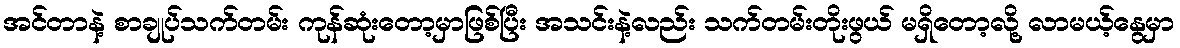
အင်တာနဲ့ စာချုပ်သက်တမ်း ကုန်ဆုံးတော့မှာဖြစ်ပြီး အသင်းနဲ့လည်း သက်တမ်းတိုးဖွယ် မရှိတော့လို့ လာမယ့်နွေမှာ